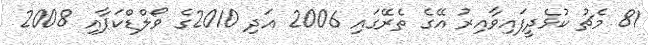
81 މެޗު ކުޅެދީފައިވާއިރު އޭގެ ތެރޭގައި 2006 އަދި 2010ގެ ވޯލްޑްކަޕާއި 2008